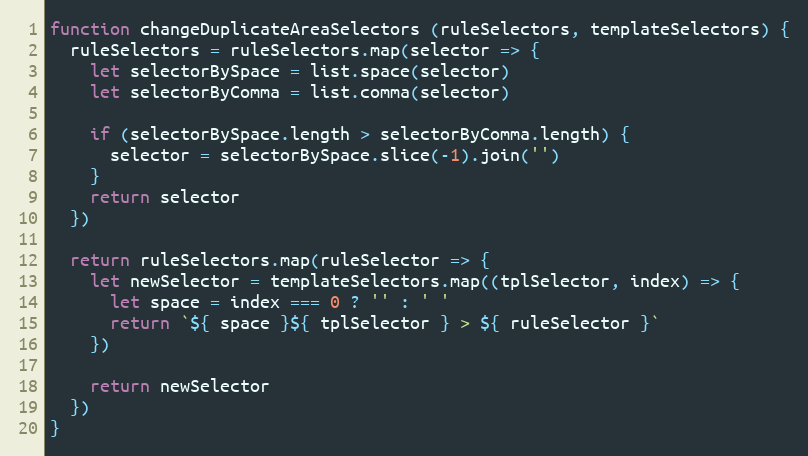
Language: JavaScript
function changeDuplicateAreaSelectors (ruleSelectors, templateSelectors) {
  ruleSelectors = ruleSelectors.map(selector => {
    let selectorBySpace = list.space(selector)
    let selectorByComma = list.comma(selector)

    if (selectorBySpace.length > selectorByComma.length) {
      selector = selectorBySpace.slice(-1).join('')
    }
    return selector
  })

  return ruleSelectors.map(ruleSelector => {
    let newSelector = templateSelectors.map((tplSelector, index) => {
      let space = index === 0 ? '' : ' '
      return `${ space }${ tplSelector } > ${ ruleSelector }`
    })

    return newSelector
  })
}